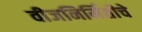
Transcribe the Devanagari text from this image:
वीजनिर्मितीचे